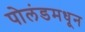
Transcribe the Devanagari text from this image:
पोलंडमधून